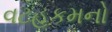
વટહૂકમનો